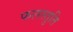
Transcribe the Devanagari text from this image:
फलस्तुति